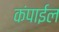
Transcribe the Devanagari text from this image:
कंपाईल